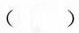
()